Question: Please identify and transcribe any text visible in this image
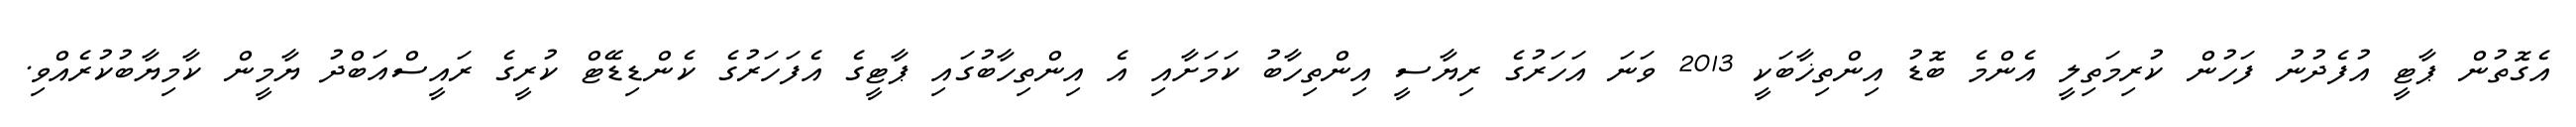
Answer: އެގޮތުން ޕާޓީ އުފެދުނު ފަހުން ކުރިމަތިލީ އެންމެ ބޮޑު އިންތިޚާބަކީ 2013 ވަނަ އަހަރުގެ ރިޔާސީ އިންތިހާބު ކަމަށާއި އެ އިންތިހާބުގައި ޕާޓީގެ އެފަހަރުގެ ކެންޑިޑޭޓް ކުރީގެ ރައީސްއަބްދު ޔާމީން ކާމިޔާބުކުރެއްވި.